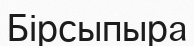
Бірсыпыра